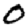
Digit: 0